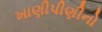
ખાણીપીણીનો